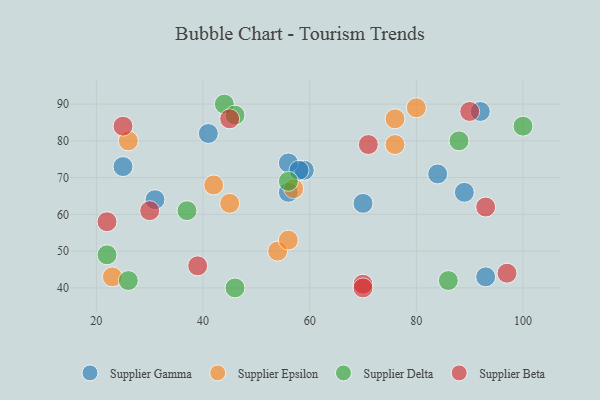
{"axis": {"x": "GDP", "y": "Life Expectancy"}, "legend": ["Supplier Beta", "Supplier Delta", "Supplier Epsilon", "Supplier Gamma"], "data": [{"x": "41", "y": 82, "type": "Supplier Gamma"}, {"x": "89", "y": 66, "type": "Supplier Gamma"}, {"x": "92", "y": 88, "type": "Supplier Gamma"}, {"x": "70", "y": 63, "type": "Supplier Gamma"}, {"x": "59", "y": 72, "type": "Supplier Gamma"}, {"x": "25", "y": 73, "type": "Supplier Gamma"}, {"x": "93", "y": 43, "type": "Supplier Gamma"}, {"x": "56", "y": 74, "type": "Supplier Gamma"}, {"x": "84", "y": 71, "type": "Supplier Gamma"}, {"x": "31", "y": 64, "type": "Supplier Gamma"}, {"x": "58", "y": 72, "type": "Supplier Gamma"}, {"x": "56", "y": 66, "type": "Supplier Gamma"}, {"x": "80", "y": 89, "type": "Supplier Epsilon"}, {"x": "26", "y": 80, "type": "Supplier Epsilon"}, {"x": "57", "y": 67, "type": "Supplier Epsilon"}, {"x": "76", "y": 86, "type": "Supplier Epsilon"}, {"x": "76", "y": 79, "type": "Supplier Epsilon"}, {"x": "23", "y": 43, "type": "Supplier Epsilon"}, {"x": "42", "y": 68, "type": "Supplier Epsilon"}, {"x": "45", "y": 63, "type": "Supplier Epsilon"}, {"x": "54", "y": 50, "type": "Supplier Epsilon"}, {"x": "56", "y": 53, "type": "Supplier Epsilon"}, {"x": "56", "y": 69, "type": "Supplier Delta"}, {"x": "46", "y": 40, "type": "Supplier Delta"}, {"x": "22", "y": 49, "type": "Supplier Delta"}, {"x": "44", "y": 90, "type": "Supplier Delta"}, {"x": "46", "y": 87, "type": "Supplier Delta"}, {"x": "88", "y": 80, "type": "Supplier Delta"}, {"x": "26", "y": 42, "type": "Supplier Delta"}, {"x": "100", "y": 84, "type": "Supplier Delta"}, {"x": "37", "y": 61, "type": "Supplier Delta"}, {"x": "86", "y": 42, "type": "Supplier Delta"}, {"x": "45", "y": 86, "type": "Supplier Beta"}, {"x": "39", "y": 46, "type": "Supplier Beta"}, {"x": "30", "y": 61, "type": "Supplier Beta"}, {"x": "22", "y": 58, "type": "Supplier Beta"}, {"x": "97", "y": 44, "type": "Supplier Beta"}, {"x": "25", "y": 84, "type": "Supplier Beta"}, {"x": "71", "y": 79, "type": "Supplier Beta"}, {"x": "70", "y": 41, "type": "Supplier Beta"}, {"x": "90", "y": 88, "type": "Supplier Beta"}, {"x": "93", "y": 62, "type": "Supplier Beta"}, {"x": "70", "y": 40, "type": "Supplier Beta"}]}